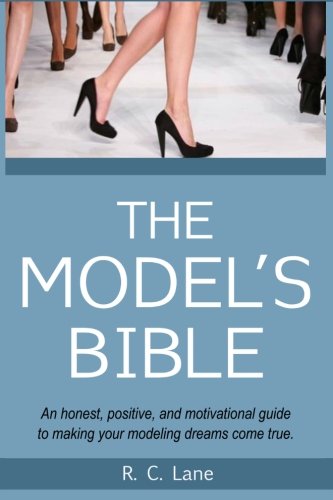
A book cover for The Model's Bible; R. C. Lane; Business & Money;